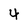
Character: 4